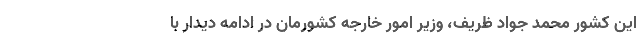
این کشور محمد جواد ظریف، وزیر امور خارجه کشورمان در ادامه دیدار با